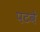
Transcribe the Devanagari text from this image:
पटवे